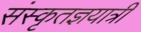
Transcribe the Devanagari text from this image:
संस्कृतज्ञयात्री